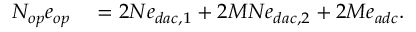
\begin{array} { r l } { N _ { o p } e _ { o p } } & { { } = 2 N e _ { d a c , 1 } + 2 M N e _ { d a c , 2 } + 2 M e _ { a d c } . } \end{array}